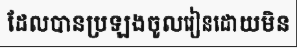
ដែលបានប្រឡងចូលរៀនដោយមិន